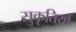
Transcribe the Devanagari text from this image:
सुकृतियों